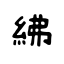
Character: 紼